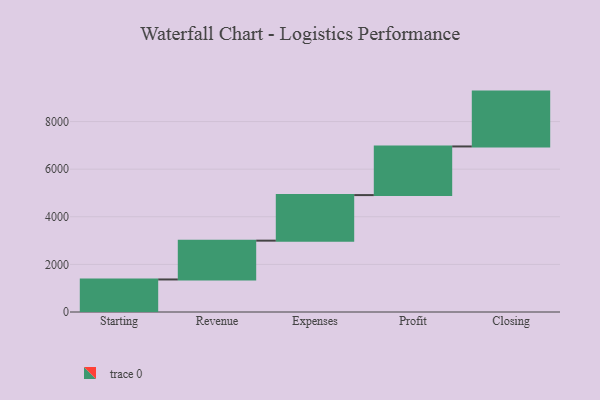
{"axis": {"x": "Step", "y": "Value"}, "legend": [""], "data": [{"x": "Starting", "y": 1367.0, "type": ""}, {"x": "Revenue", "y": 1630.0, "type": ""}, {"x": "Expenses", "y": 1914.0, "type": ""}, {"x": "Profit", "y": 2043.0, "type": ""}, {"x": "Closing", "y": 2304.0, "type": ""}]}